Children and Young Persons (Scotland) Act, 1937. Employment of children, 1937
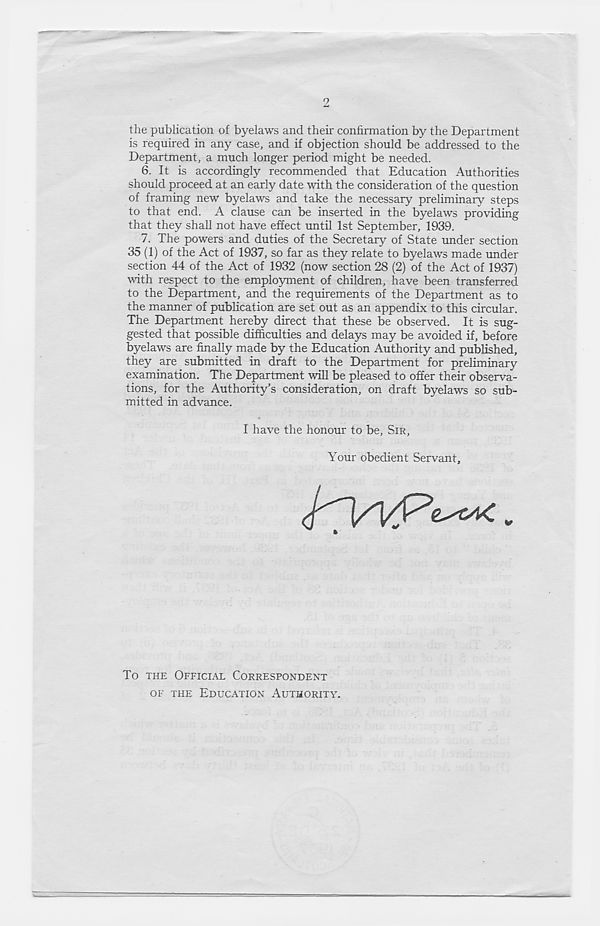
2
the publication of byelaws and their confirmation by the Department
is required in any case, and if objection should be addressed to the
Department, a much longer period might be needed.
6. It is accordingly recommended that Education Authorities
should proceed at an early date with the consideration of the question
of framing new byelaws and take the necessary preliminary steps
to that end. A clause can be inserted in the byelaws providing
that they shall not have effect until 1st September, 1939.
7. The powers and duties of the Secretary of State under section
35 (1) of the Act of 1937, so far as they relate to byelaws made under
section 44 of the Act of 1932 (now section 28 (2) of the Act of 1937)
with respect to the employment of children, have been transferred
to the Department, and the requirements of the Department as to
the manner of publication are set out as an appendix to this circular.
The Department hereby direct that these be observed. It is sug-
gested that possible difficulties and delays may be avoided if, before
byelaws are finally made by the Education Authority and published,
they are submitted in draft to the Department for preliminary
examination. The Department will be pleased to offer their observa-
tions, for the Authority’s consideration, on draft byelaws so sub-
mitted in advance.
I have the honour to be. SIR,
Your obedient Servant,
To THE OFFICIAL CORRESPONDENT
OF THE EDUCATION AUTHORITY.